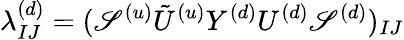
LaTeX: \lambda_{IJ}^{(d)}=(\mathscr{S}^{(u)}{\tilde{{U}}^{(u)}}Y^{(d)}U^{(d)}\mathscr{S}^{(d)})_{IJ}